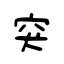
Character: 突